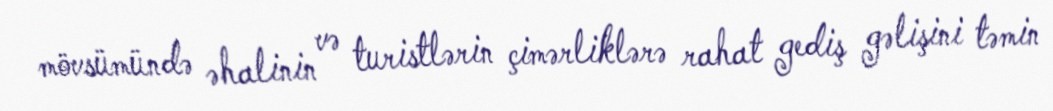
mövsümündə əhalinin və turistlərin çimərliklərə rahat gediş gəlişini təmin